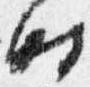
時